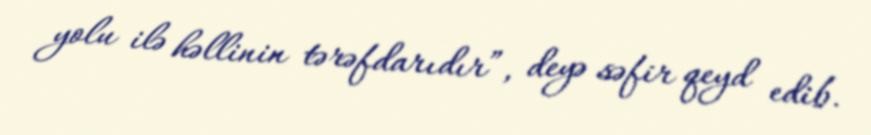
yolu ilə həllinin tərəfdarıdır”, deyə səfir qeyd edib.